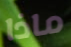
ماذا